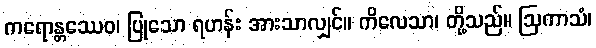
ကရောန္တဿေဝ၊ ပြုသော ရဟန်း အားသာလျှင်။ ကိလေသာ၊ တို့သည်။ ဩကာသံ၊